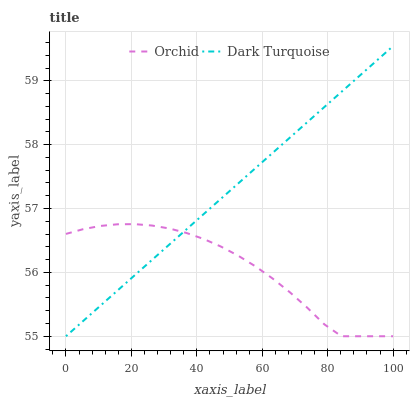
| xaxis_label | Orchid | Dark Turquoise |
 | --- | --- | --- |
 | 0 | 56.6 | 55 |
 | 5.26 | 56.7 | 55.2 |
 | 10.5 | 56.7 | 55.5 |
 | 15.8 | 56.8 | 55.7 |
 | 21.1 | 56.8 | 56 |
 | 26.3 | 56.7 | 56.2 |
 | 31.6 | 56.7 | 56.4 |
 | 36.8 | 56.6 | 56.7 |
 | 42.1 | 56.5 | 56.9 |
 | 47.4 | 56.4 | 57.2 |
 | 52.6 | 56.3 | 57.4 |
 | 57.9 | 56.1 | 57.6 |
 | 63.2 | 55.9 | 57.9 |
 | 68.4 | 55.7 | 58.1 |
 | 73.7 | 55.5 | 58.3 |
 | 78.9 | 55.2 | 58.6 |
 | 84.2 | 55 | 58.8 |
 | 89.5 | 55 | 59.1 |
 | 94.7 | 55 | 59.3 |
 | 100 | 55 | 59.5 |